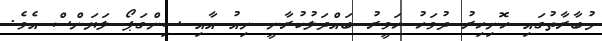
މުބާރާތުގައި ހޮނިހިރު ދުވަހު ހަވީރު ބައްދަލުކުރާނީ ނިއު އާއި ސިންގަޕޯ ލަޔަންސް އެވެ.